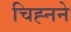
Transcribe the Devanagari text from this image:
चिह्नने